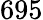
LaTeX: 695